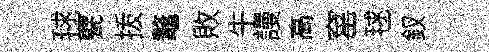
毬甓㧞鼇敗牛謾高窰毬釵